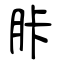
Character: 胩